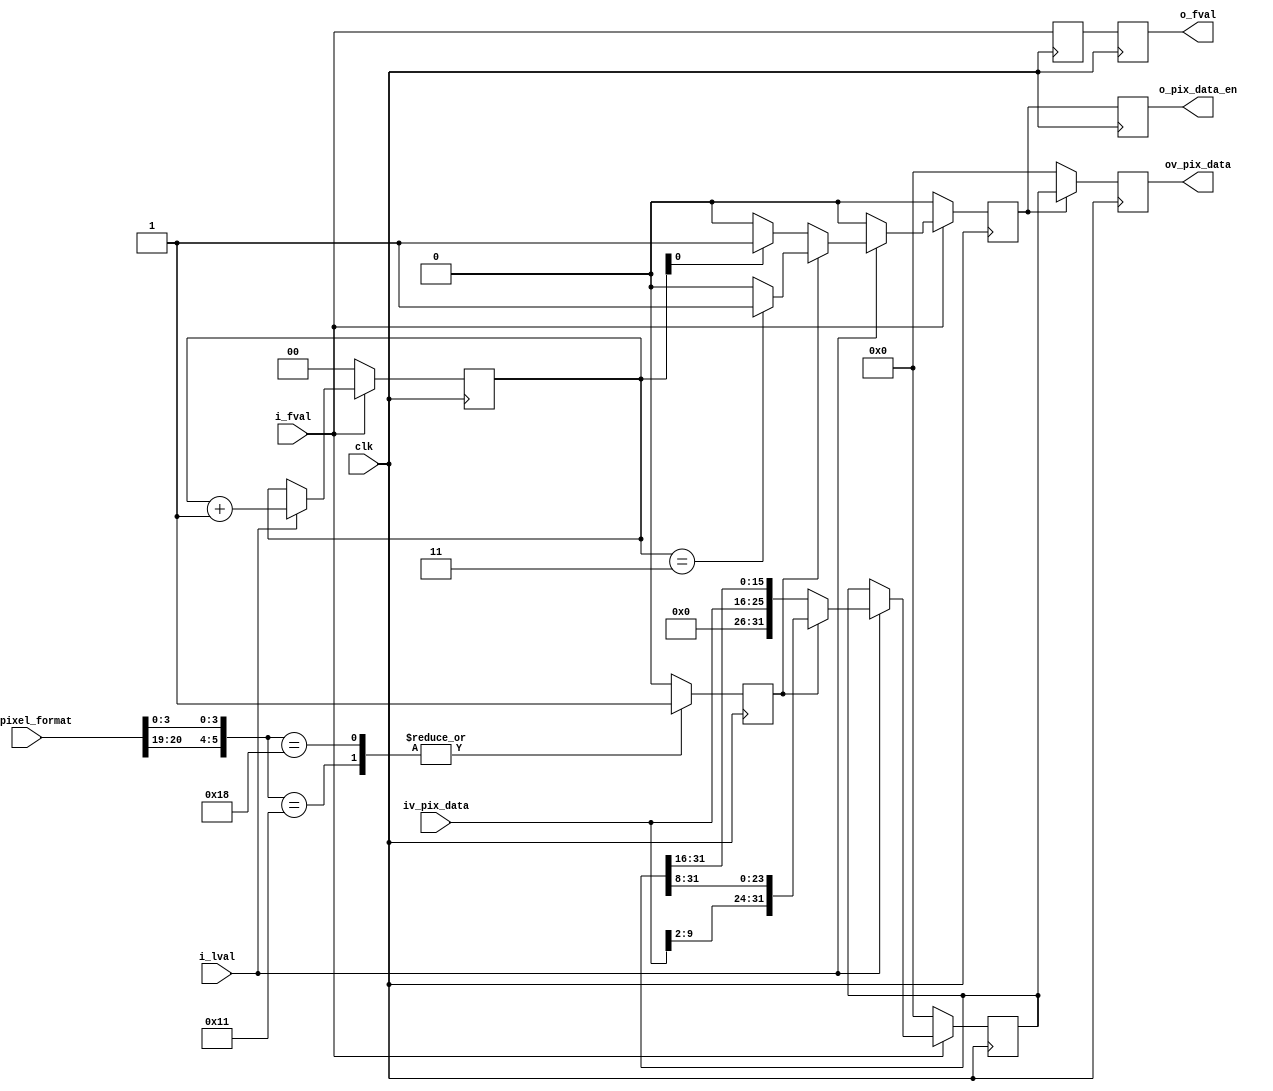
//-------------------------------------------------------------------------------------------------
//  --    : , 2010 -2015.
//  --      .
//  --          : FPGA
//  --        : data_align
//  --        : 
//-------------------------------------------------------------------------------------------------
//
//  --  :
//
//  --          :| 				:|  
//-------------------------------------------------------------------------------------------------
//  --        :| 2014/12/5 15:44:31	:|  
//-------------------------------------------------------------------------------------------------
//
//  --      : 
//              1)  : pixel format32bit
//
//              2)  : pixel format8bit8bit4132bit
//
//              3)  : pixel format10bit10bit2132bit
//
//-------------------------------------------------------------------------------------------------
///
`timescale 1ns/1ps
//-------------------------------------------------------------------------------------------------

module data_align # (
	parameter	SENSOR_DAT_WIDTH	= 10	,	//sensor 
	parameter	REG_WD				= 32	,	//
	parameter	DATA_WD				= 32		//
	)
	(
	//Sensor
	input								clk				,	//
	input								i_fval			,	//
	input								i_lval			,	//
	input	[SENSOR_DAT_WIDTH-1:0]		iv_pix_data		,	//
	//
	input	[REG_WD-1:0]				iv_pixel_format	,	//0x01080001:Mono80x01100003:Mono100x01080008:BayerGR80x0110000C:BayerGR10
	//
	output								o_fval			,	//
	output								o_pix_data_en	,	//24
	output	[DATA_WD-1:0]				ov_pix_data			//
	);

	//	ref signals
	reg							format8_sel		= 1'b0;
	reg		[DATA_WD-1:0]		pix_data_shift	= {DATA_WD{1'b0}};
	reg		[DATA_WD-1:0]		pix_data_reg	= {DATA_WD{1'b0}};
	reg		[1:0]				pix_cnt			= 2'b0;
	reg							data_en			= 1'b0;
	reg							data_en_dly		= 1'b0;
	reg							fval_dly0		= 1'b0;
	reg							fval_dly1		= 1'b0;

	//	ref ARCHITECTURE
	//  ===============================================================================================
	//	ref ******
	//  ===============================================================================================
	//  -------------------------------------------------------------------------------------
	//	Mono8		- 0x01080001	-> 0x1081	-> 0001,0000,1000,,,,0001
	//	Mono10		- 0x01100003	-> 0x1103	-> 0001,0001,0000,,,,0011
	//	BayerGR8	- 0x01080008	-> 0x1088	-> 0001,0000,1000,,,,1000
	//	BayerGR10	- 0x0110000C	-> 0x110C	-> 0001,0001,0000,,,,1100
	//											   --------!-!-------!!!!
	//                                                     ^    ^       ^------bit0
	//                                             bit20---|    |---bit16
	//	 ! bit. bit 20 19 3-0
	//  -------------------------------------------------------------------------------------
	//  -------------------------------------------------------------------------------------
	//	format8_sel
	//	1.8bit
	//	2.6bit
	//  -------------------------------------------------------------------------------------
	always @ (posedge clk) begin
		case({iv_pixel_format[20],iv_pixel_format[19],iv_pixel_format[3:0]})
			6'b010001	: format8_sel	<= 1'b1;
			6'b011000	: format8_sel	<= 1'b1;
			default		: format8_sel	<= 1'b0;
		endcase
	end

	//  ===============================================================================================
	//	ref ******
	//  ===============================================================================================
	//  -------------------------------------------------------------------------------------
	//	
	//	1.
	//	2.8bit1byte8bit
	//	3.10bit2byte10bit0
	//	4.-32bit
	//  -------------------------------------------------------------------------------------
	always @ (posedge clk) begin
		if(!i_fval) begin
			pix_data_shift	<= {DATA_WD{1'b0}};
		end
		else begin
			if(i_lval) begin
				//  -------------------------------------------------------------------------------------
				//	8bit
				//  -------------------------------------------------------------------------------------
				if(format8_sel) begin
					pix_data_shift	<= {iv_pix_data[SENSOR_DAT_WIDTH-1:SENSOR_DAT_WIDTH-8],pix_data_shift[DATA_WD-1:8]};
				end
				//  -------------------------------------------------------------------------------------
				//	10bit
				//  -------------------------------------------------------------------------------------
				else begin
					pix_data_shift	<= {6'b0,iv_pix_data[SENSOR_DAT_WIDTH-1:SENSOR_DAT_WIDTH-10],pix_data_shift[DATA_WD-1:16]};
				end
			end
		end
	end

	//  -------------------------------------------------------------------------------------
	//	
	//	1.
	//	2.
	//  -------------------------------------------------------------------------------------
	always @ (posedge clk) begin
		if(!i_fval) begin
			pix_cnt	<= 2'b0;
		end
		else begin
			if(i_lval) begin
				pix_cnt	<= pix_cnt + 1'b1;
			end
		end
	end

	//  -------------------------------------------------------------------------------------
	//	data_en o_lval
	//	1.0.
	//	2.8bit41
	//	3.10bit21
	//	4.
	//  -------------------------------------------------------------------------------------
	always @ (posedge clk) begin
		if(!i_fval) begin
			data_en	<= 1'b0;
		end
		else begin
			if(i_lval) begin
				//  -------------------------------------------------------------------------------------
				//	8bit
				//  -------------------------------------------------------------------------------------
				if(format8_sel) begin
					if(pix_cnt==2'b11) begin
						data_en	<= 1'b1;
					end
					else begin
						data_en	<= 1'b0;
					end
				end
				//  -------------------------------------------------------------------------------------
				//	10bit
				//  -------------------------------------------------------------------------------------
				else begin
					if(pix_cnt[0]==1'b1) begin
						data_en	<= 1'b1;
					end
					else begin
						data_en	<= 1'b0;
					end
				end
			end
			else begin
				data_en	<= 1'b0;
			end
		end
	end

	//  ===============================================================================================
	//	ref ******
	//  ===============================================================================================
	//  -------------------------------------------------------------------------------------
	//	fval 
	//	1.2fval2
	//  -------------------------------------------------------------------------------------
	always @ (posedge clk) begin
		fval_dly0	<= i_fval;
		fval_dly1	<= fval_dly0;
	end

	//	-------------------------------------------------------------------------------------
	//	data_en1
	//	-------------------------------------------------------------------------------------
	always @ (posedge clk) begin
		data_en_dly	<= data_en;
	end

	//	-------------------------------------------------------------------------------------
	//	
	//	-------------------------------------------------------------------------------------
	always @ (posedge clk) begin
		if(data_en) begin
			pix_data_reg	<= pix_data_shift;
		end
		else begin
			pix_data_reg	<= {DATA_WD{1'b0}};
		end
	end

	//  -------------------------------------------------------------------------------------
	//	
	//  -------------------------------------------------------------------------------------
	assign	o_pix_data_en	= data_en_dly;
	assign	ov_pix_data		= pix_data_reg;
	assign	o_fval			= fval_dly1;



endmodule